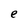
Character: e